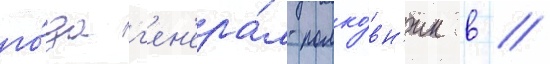
го́да г'ен'ера́л-полко́вн'ик в //